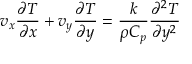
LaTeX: v _ { x } { \frac { \partial T } { \partial x } } + v _ { y } { \frac { \partial T } { \partial y } } = { \frac { k } { \rho C _ { p } } } { \frac { \partial ^ { 2 } T } { \partial y ^ { 2 } } }